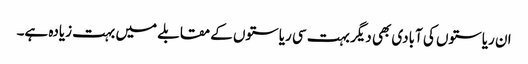
ان ریاستوں کی آبادی بھی دیگر بہت سی ریاستوں کے مقابلے میں بہت زیادہ ہے۔